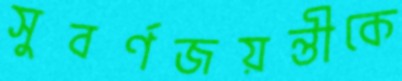
সুবর্ণজয়ন্তীকে